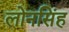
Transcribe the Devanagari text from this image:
लोनसिंह